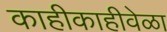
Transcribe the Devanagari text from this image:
काहीकाहीवेळा